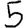
Digit: 5